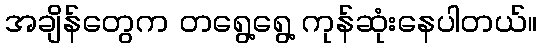
အချိန်တွေက တရွေ့ရွေ့ ကုန်ဆုံးနေပါတယ်။